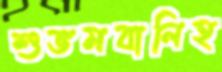
শুভমবালিহ